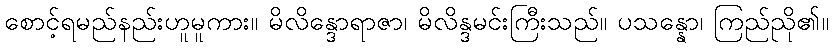
စောင့်ရမည်နည်းဟူမူကား။ မိလိန္ဒောရာဇာ၊ မိလိန္ဒမင်းကြီးသည်။ ပသန္နော၊ ကြည်ညို၏။